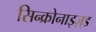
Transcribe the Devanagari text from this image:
सिन्क्रोनाइज़्ड